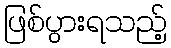
ဖြစ်ပွားရသည့်